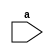
module even(
  input [7:0]a);
  always @(*) begin
    if(a%2==0)
      $display("It is a even number");
  else
    $display("It is not even number");
  end
endmodule